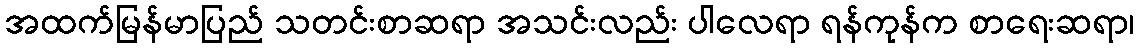
အထက်မြန်မာပြည် သတင်းစာဆရာ အသင်းလည်း ပါလေရာ ရန်ကုန်က စာရေးဆရာ၊